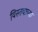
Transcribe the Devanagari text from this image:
विस्तवाच्या